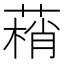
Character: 䔠